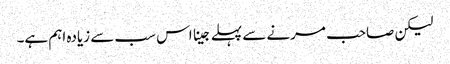
لیکن صاحب مرنے سے پہلے جینا اس سب سے زیادہ اہم ہے۔